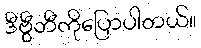
ဒီဗွီဘီကိုပြောပါတယ်။